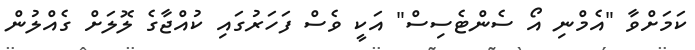
ކަމަށްވާ "އެމްނި އޯ ސެންޓެސިސް" އަކީ ވެސް ފަހަރުގައި ކުއްޖާގެ ލޮލަށް ގެއްލުން